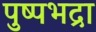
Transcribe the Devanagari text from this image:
पुष्पभद्रा